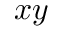
x y